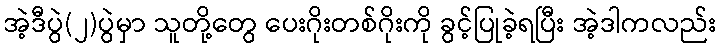
အဲ့ဒီပွဲ(၂)ပွဲမှာ သူတို့တွေ ပေးဂိုးတစ်ဂိုးကို ခွင့်ပြုခဲ့ရပြီး အဲ့ဒါကလည်း